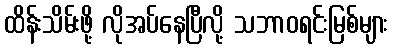
ထိန်းသိမ်းဖို့ လိုအပ်နေပြီလို့ သဘာဝရင်းမြစ်များ